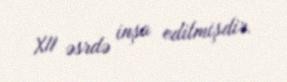
XII əsrdə inşa edilmişdir.